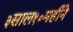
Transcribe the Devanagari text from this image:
३साल१०महीने